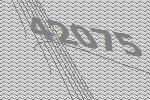
42075